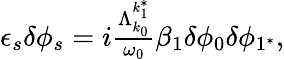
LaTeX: \begin{array}{r}{\epsilon_{s}\delta\phi_{s}=i\frac{\Lambda_{k_{0}}^{k_{1}^{*}}}{\omega_{0}}\beta_{1}\delta\phi_{0}\delta\phi_{1^{*}},}\end{array}